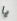
يا